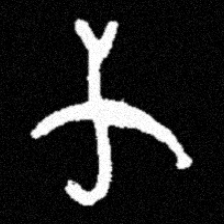
Pyu character \u2014 Myanmar letter: က (romanized: ka)